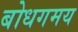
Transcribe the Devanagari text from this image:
बोधगमय